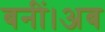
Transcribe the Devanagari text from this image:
बनीं।अब